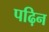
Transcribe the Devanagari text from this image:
पढ़िन